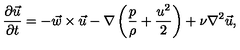
{ \frac { \partial \vec { u } } { \partial t } } = - \vec { w } \times \vec { u } - \nabla \left( { \frac { p } { \rho } } + { \frac { u ^ { 2 } } { 2 } } \right) + \nu \nabla ^ { 2 } \vec { u } ,